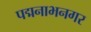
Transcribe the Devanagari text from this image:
पद्मनाभनगर